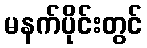
မနက်ပိုင်းတွင်